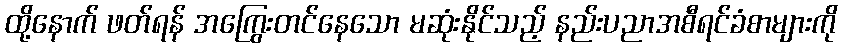
ထို့နောက် ဖတ်ရန် အကြွေးတင်နေသော မဆုံးနိုင်သည့် နည်းပညာအစီရင်ခံစာများကို